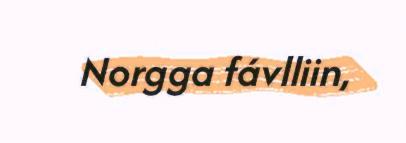
Norgga fávlliin,